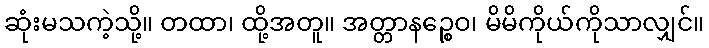
ဆုံးမသကဲ့သို့။ တထာ၊ ထို့အတူ။ အတ္တာနဉ္စေဝ၊ မိမိကိုယ်ကိုသာလျှင်။